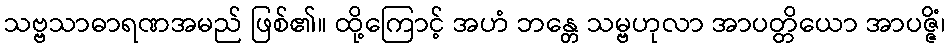
သဗ္ဗသာဓာရဏအမည် ဖြစ်၏။ ထို့ကြောင့် အဟံ ဘန္တေ သမ္ဗဟုလာ အာပတ္တိယော အာပဇ္ဇိံ၊